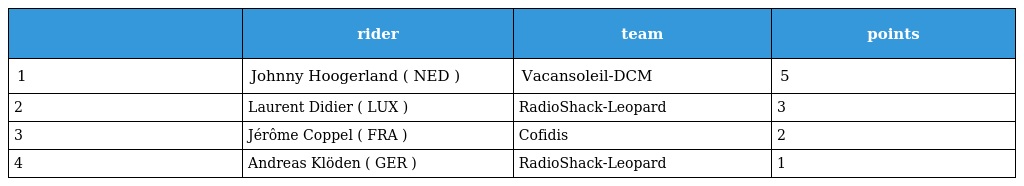
|  | rider | team | points |
 | --- | --- | --- | --- |
 | 1 | Johnny Hoogerland ( NED ) | Vacansoleil-DCM | 5 |
 | 2 | Laurent Didier ( LUX ) | RadioShack-Leopard | 3 |
 | 3 | Jérôme Coppel ( FRA ) | Cofidis | 2 |
 | 4 | Andreas Klöden ( GER ) | RadioShack-Leopard | 1 |